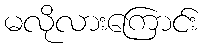
မလိုလားကြောင်း